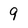
Character: 9